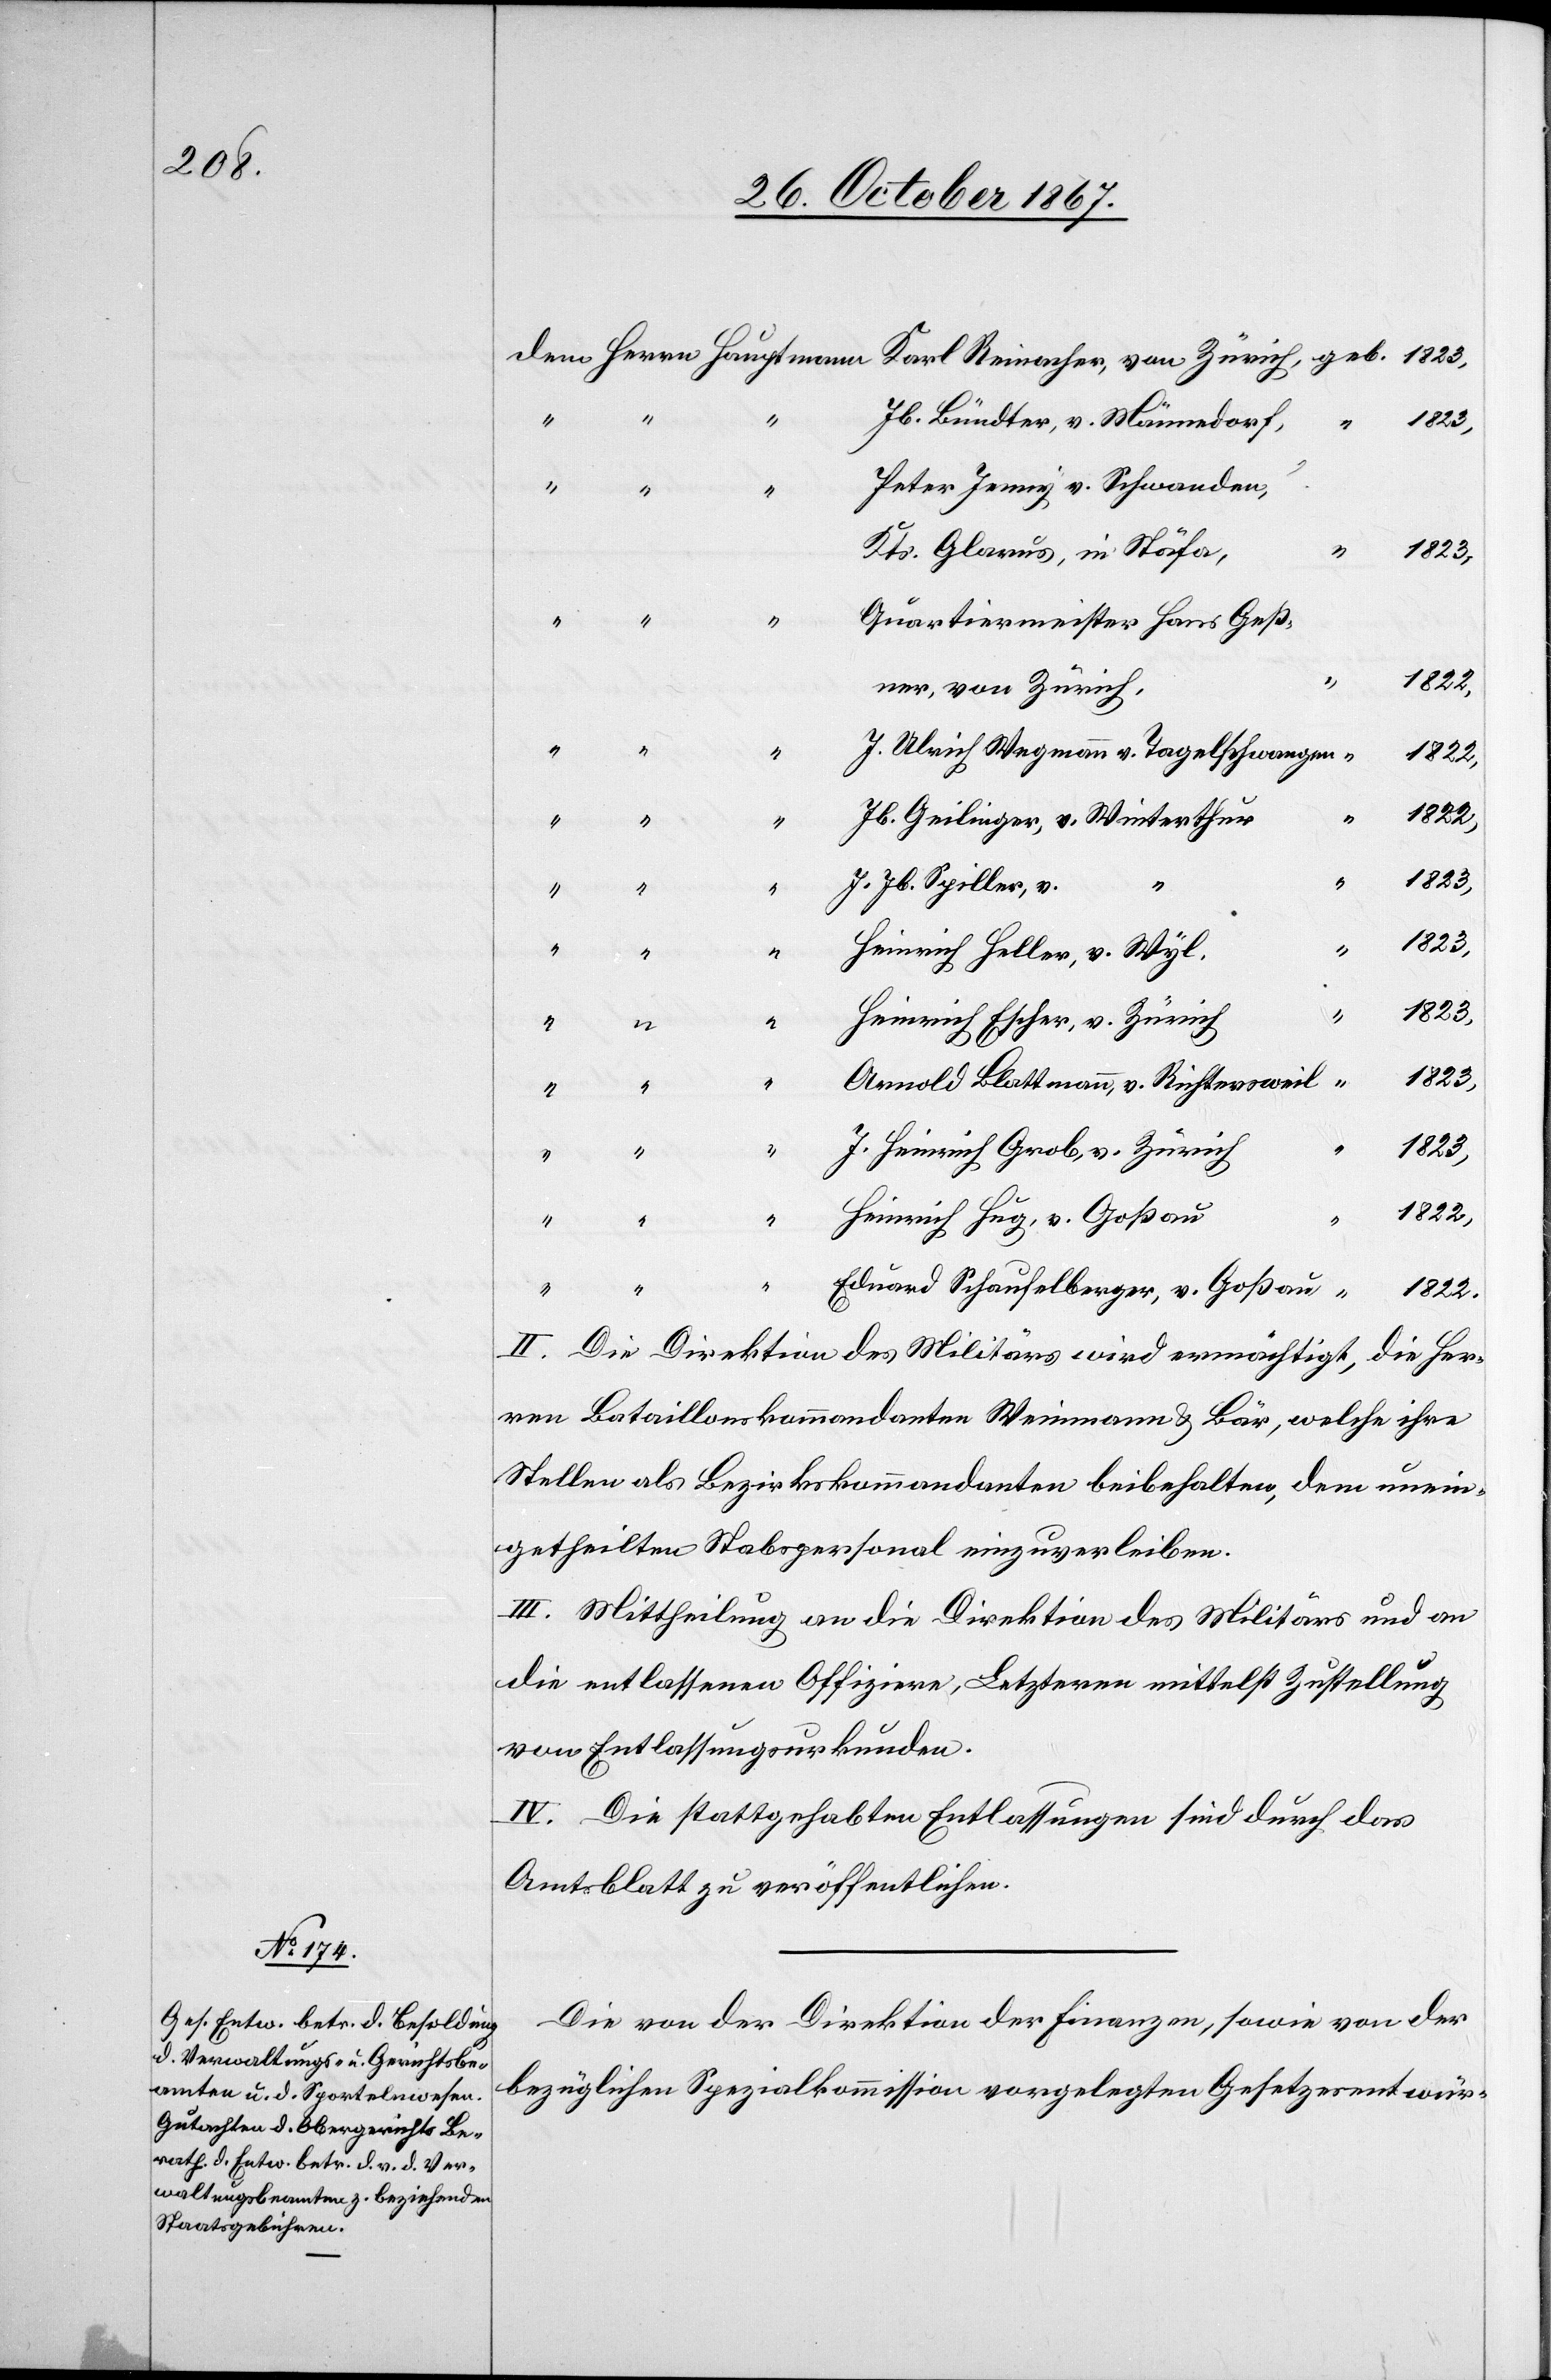
Jb. Bündler, v. Männedorf,
1823,
Peter Jenny, v. Schwanden,
Kts. Glarus, in Stäfa
1823,
Quartiermeister Hans Geß¬
1822
ner von Zürich,
J. Ulrich Wegmann v. Tagelschwangen
1822,
Jb. Geilinger, v. Winterthur
J. Jb. Spiller, v.
Heinrich Heller, v. Wyl,
1823,
Heinrich Escher, v. Zürich,
“
1823,
Arnold Blattmann, v. Richtersweil
“
1823
J. Heinrich Grob, v. Zürich
“
Heinrich Hug, v. Goßau
Eduard Schaufelberger, v. Goßau
“
1822.
II. Die Direktion des Militärs wird ermächtigt, die Her¬
ren Bataillonskommandanten Weinmann u. Bär, welche ihre
Stellen als Bezirkskommandanten beibehalten, dem unein¬
getheilten Stabspersonal einzuverleiben.
III. Mittheilung an die Direktion des Militärs und an
die entlassenen Offiziere, Letztern mittelst Zustellung
von Entlassungsurkunden.
IV. Die stattgehabten Entlassungen sind durch das
Amtsblatt zu veröffentlichen.
Die von der Direktion der Finanzen, sowie von der
bezüglichen Spezialkommission vorgelegten Gesetzesentwür-